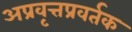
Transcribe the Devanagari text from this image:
अप्रवृत्तप्रवर्तक